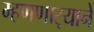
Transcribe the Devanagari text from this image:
म्हणणार्‍याने